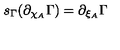
s _ { \Gamma } ( \partial _ { \chi _ { A } } \Gamma ) = \partial _ { \xi _ { A } } \Gamma